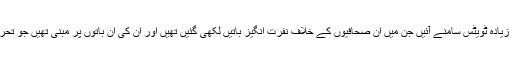
اس کے حوالے سے سو سے زیادہ ٹویٹس سامنے آئیں جن میں ان صحافیوں کے خلاف نفرت انگیز باتیں لکھی گئیں تھیں اور ان کی ان باتوں پر مبنی تھیں جو تحریک انصاف کے خلاف تھیں۔